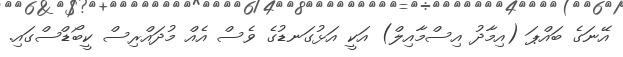
އޭނަގެ ބައްޕަ (އިމާދު އިސްމާއިލް) އަކީ އަޅުގަނޑުގެ ވެސް އެއް މުދައްރިސް ކީބޯޑްސްގައި.